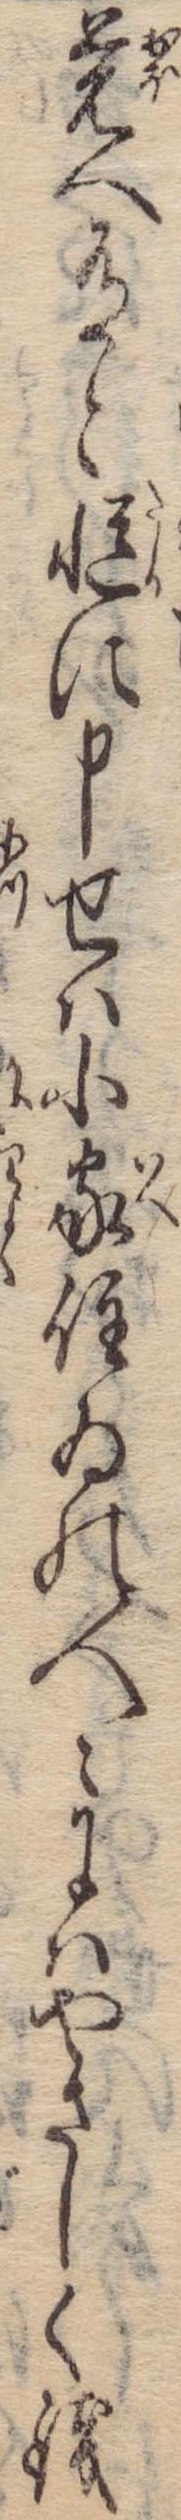
覚へ有と慥に申せは小家住ゐの人々にはやさしく銭